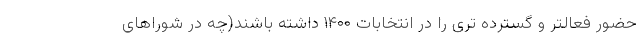
حضور فعالتر و گسترده تری را در انتخابات ۱۴۰۰ داشته باشند(چه در شوراهای